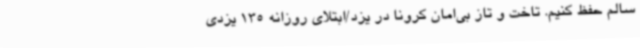
سالم حفظ کنیم. تاخت و تاز بی‌امان کرونا در یزد/ابتلای روزانه 135 یزدی